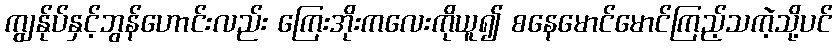
ကျွန်ုပ်နှင့်ဘွန်ဟောင်းလည်း ကြေးအိုးကလေးကိုယူ၍ စနေမောင်မောင်ကြည့်သကဲ့သို့ပင်